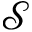
\mathcal { S }